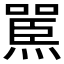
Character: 𪹬